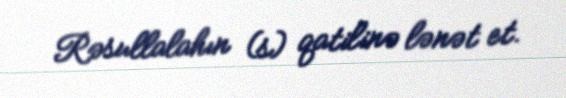
Rəsullalahın (s) qatilinə lənət et.